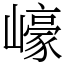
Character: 㠙